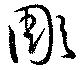
彫